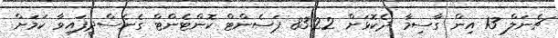
ޗެނަލް 13 އިން ގާސިމާ ދެކޮޅަށް 83.22 ޕަސެންޓް ކޮންޓެންޓް ގެނެސްދީީފައިވާ ކަމަށް